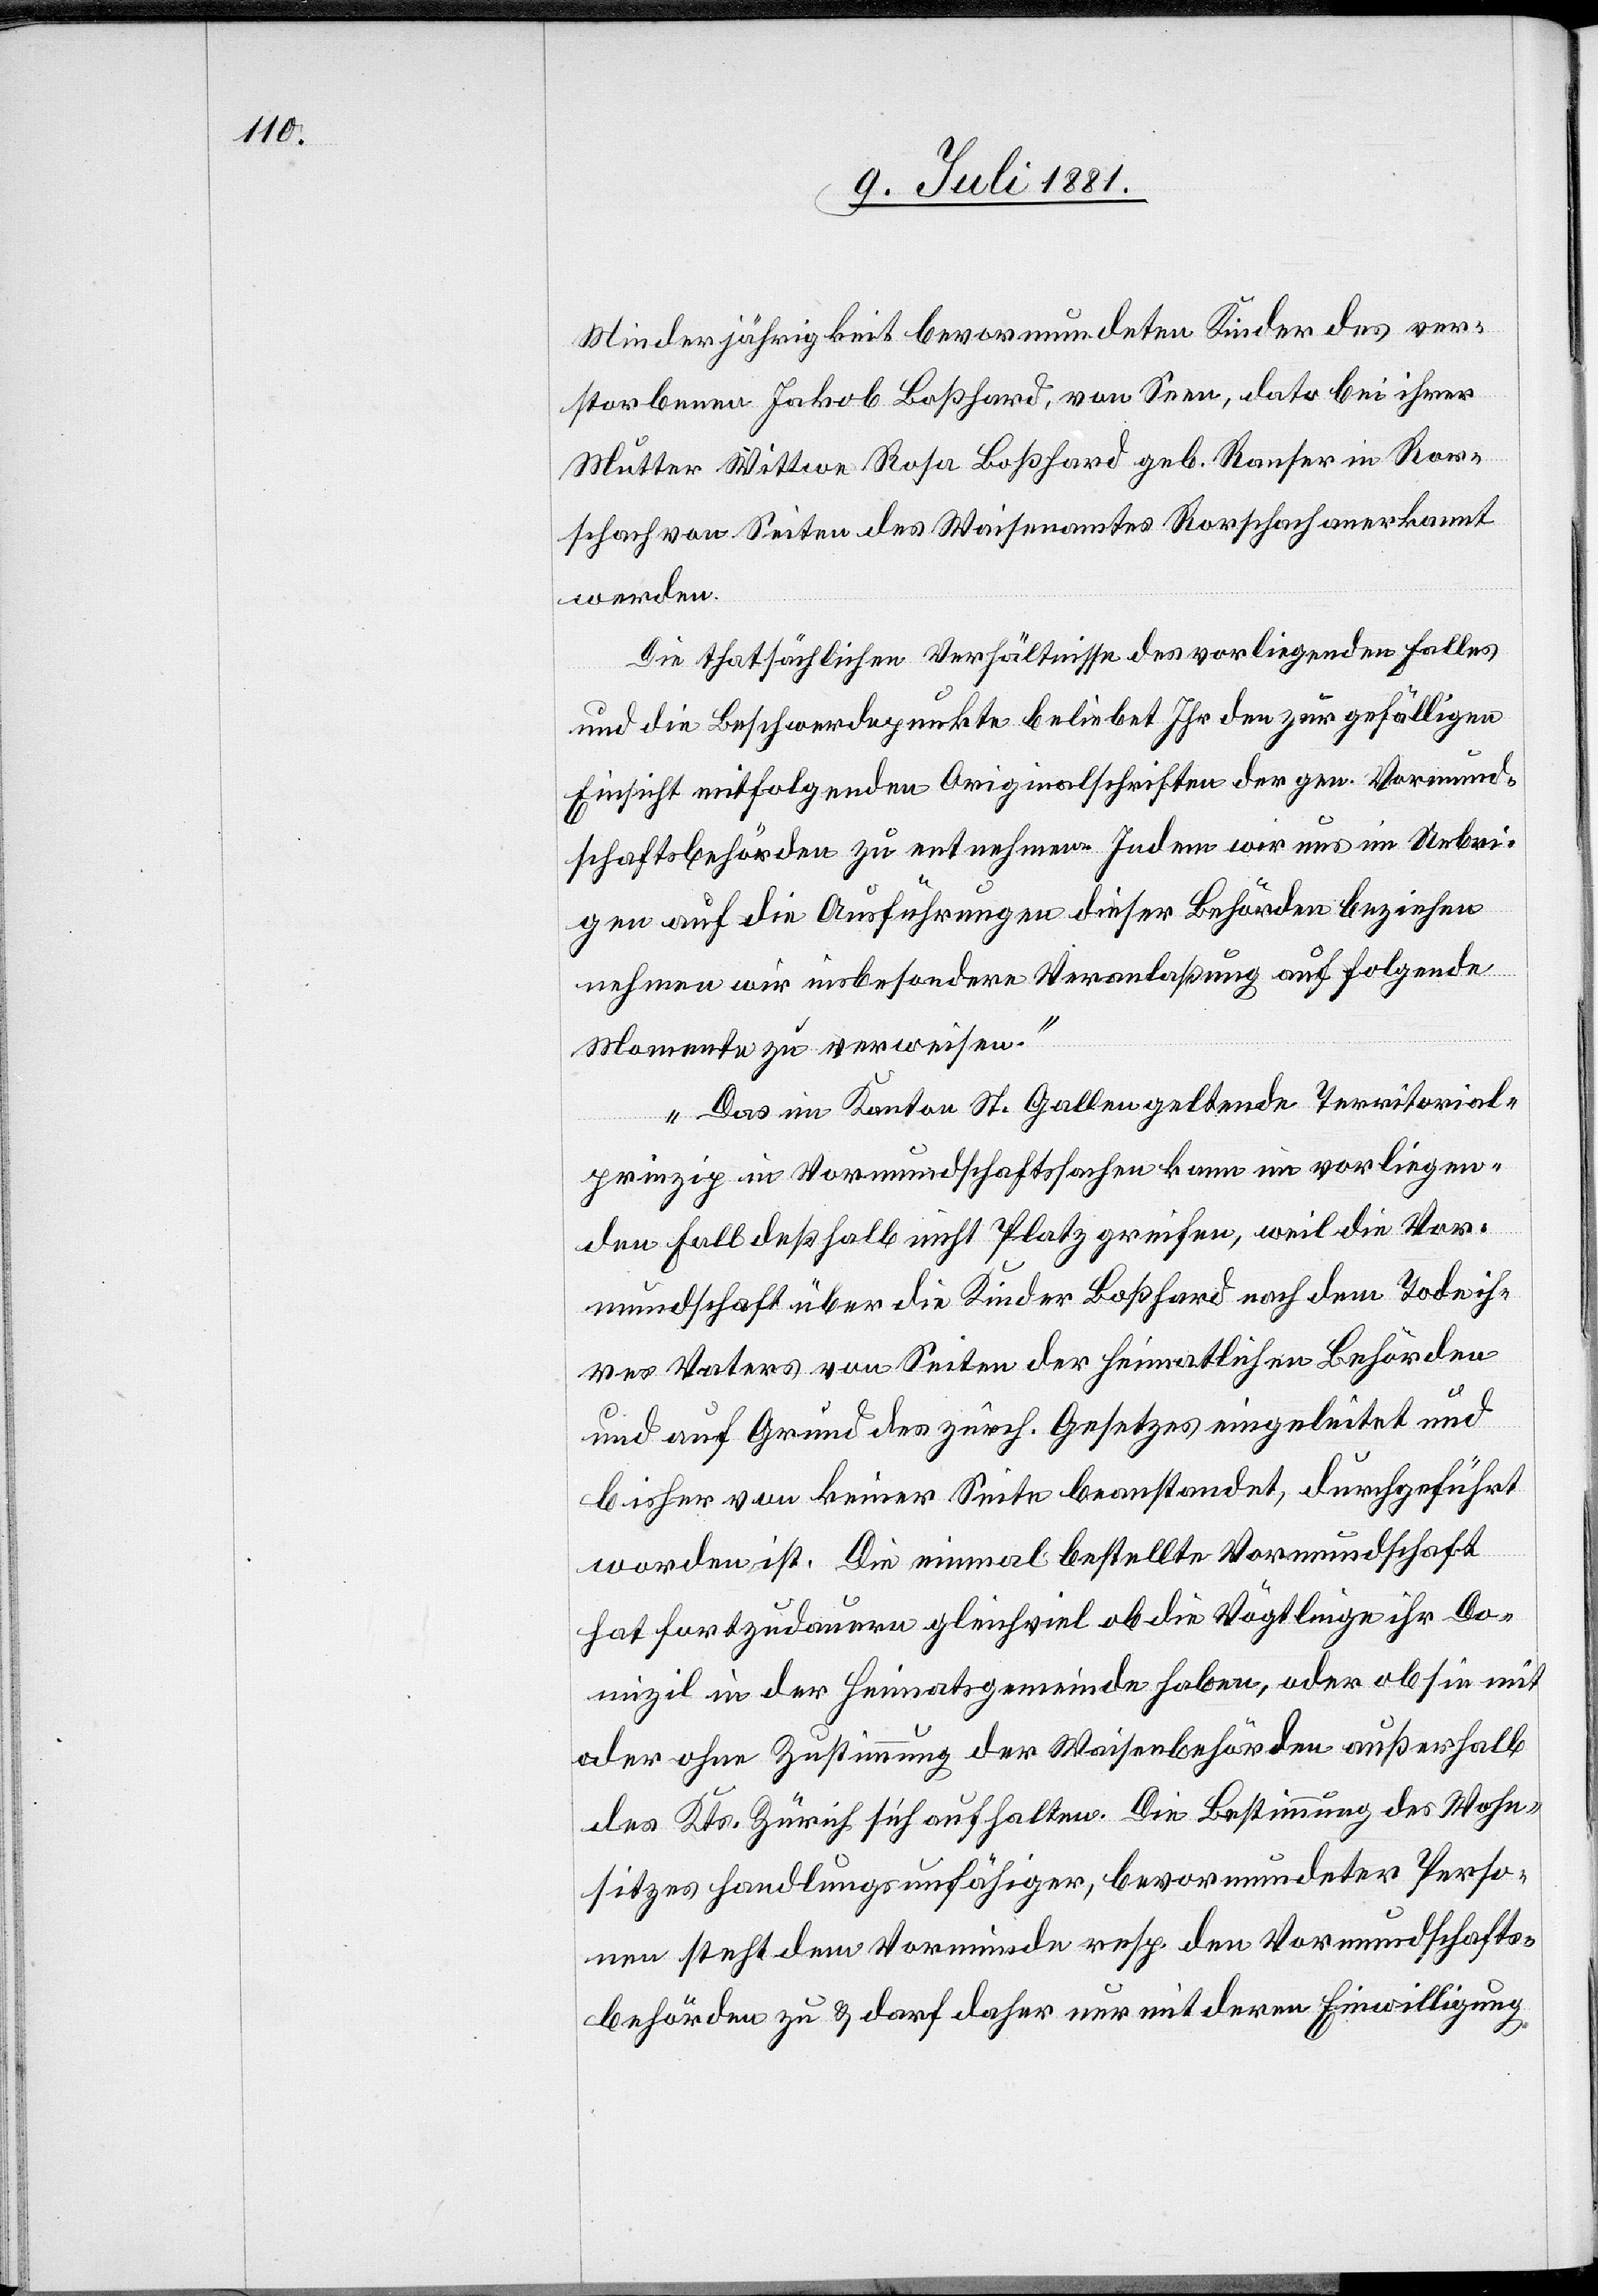
Minderjährigkeit bevormundeten Kinder des ver¬
storbenen Jakob Boßhard, von Seen, dato bei ihrer
Mutter Wittwe Rosa Boßhard geb. Ranser in Ror¬
schach von Seiten des Waisenamtes Rorschach anerkannt
werden.
Die thatsächlichen Verhältnisse des vorliegenden Falles
und die Beschwerdepunkte beliebet Ihr den zur gefälligen
Einsicht mitfolgenden Originalschriften der gen. Vormund¬
schaftsbehörde zu entnehmen. Indem wir uns im Uebri¬
gen auf die Ausführungen dieser Behörden beziehen[,]
nehmen wir insbesondere Veranlaßung auf folgende
Momente zu verweisen.
Das im Kanton St. Gallen geltende Territorial¬
prinzip in Vormundschaftssachen kann im vorliegen¬
den Fall deßhalb nicht Platz greifen, weil die Vor¬
mundschaft über die Kinder Boßhard nach dem Tode ih¬
res Vaters von Seiten der heimatlichen Behörden
und auf Grund des zürch. Gesetzes eingeleitet und
bisher von keiner Seite beanstandet, durchgeführt
worden ist. Die einmal bestellte Vormundschaft
hat fortzudauern gleichviel ob die Vögtlinge ihr Do¬
mizil in der Heimatsgemeinde haben, oder ob sie mit
oder ohne Zustimmung der Waisenbehörden außerhalb
des Kts. Zürich sich aufhalten. Die Bestimmung des Wohns¬
itzes steht dem Vormunde resp. den Vormundschafts¬
behörden zu & darf dafür nur mit deren Einwilligung